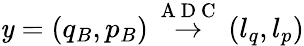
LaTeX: \mathit{y}=(q_{B},p_{B})\overset{\mathrm{{~A~D~C~}}}{\rightarrow}(l_{q},l_{p})